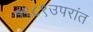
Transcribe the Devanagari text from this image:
१९८९उपरांत